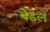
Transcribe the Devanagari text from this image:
बेडेल